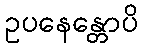
ဥပနေန္တောပိ